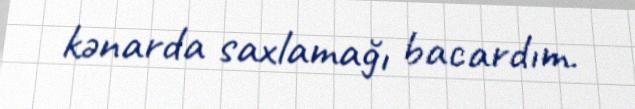
kənarda saxlamağı bacardım.